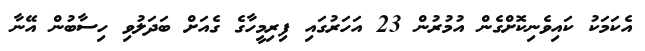
އެކަމަކު ކައިވެނިކޮށްގެން އުމުރުން 23 އަހަރުގައި ފިރިމީހާގެ ގެއަށް ބަދަލުވި ހިސާބުން އޭނާ